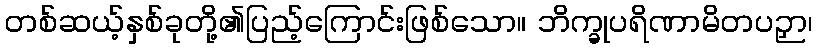
တစ်ဆယ့်နှစ်ခုတို့၏ပြည့်ကြောင်းဖြစ်သော။ ဘိက္ခုပရိဏာမိတပဉှာ၊